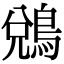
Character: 𪁑